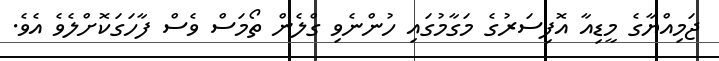
ޖަމިއްޔާގެ މީޑިއާ އޮފިސަރުގެ މަގާމުގައި ހުންނެވި ގްލެން ތޯމަސް ވެސް ފާހަގަކޮށްލެވެ އެވެ.